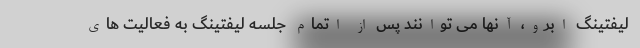
لیفتینگ ابرو، آنها می توانند پس از اتمام جلسه لیفتینگ به فعالیت های